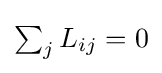
{\textstyle \sum _{j}L_{ij}=0}